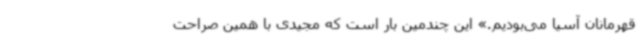
قهرمانان آسیا می‌بودیم.» این چندمین بار است که مجیدی با همین صراحت